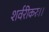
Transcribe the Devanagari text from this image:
शर्वरीकरः।।